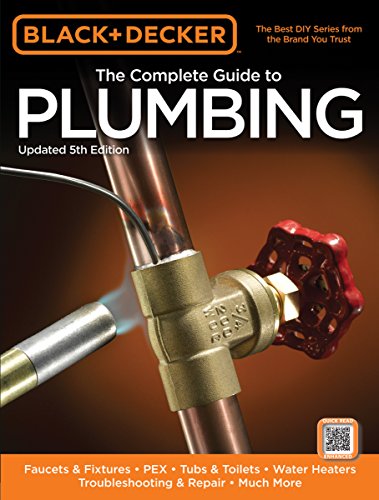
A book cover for Black & Decker The Complete Guide to Plumbing, Updated 5th Edition: Faucets & Fixtures - PEX - Tubs & Toilets - Water Heaters - Troubleshooting & Repair - Much More (Black & Decker Complete Guide); Engineering & Transportation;